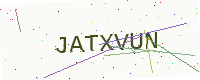
Text: JATXVUN